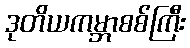
ဒုတိယကမ္ဘာစစ်ကြီး